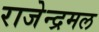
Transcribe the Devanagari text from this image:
राजेन्द्रमल